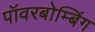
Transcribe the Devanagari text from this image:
पॉवरबोम्बिंग